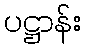
ပဋ္ဌာန်း